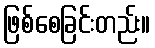
ဖြစ်စေခြင်းတည်း။